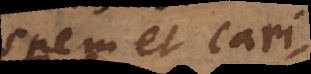
spem et caritatem